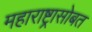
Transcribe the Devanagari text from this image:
महाराष्ट्रासोबत